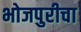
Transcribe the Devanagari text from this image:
भोजपुरीचा